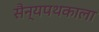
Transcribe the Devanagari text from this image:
सैन्यपथकाला